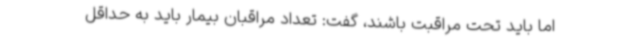
اما باید تحت مراقبت باشند، گفت: تعداد مراقبان بیمار باید به حداقل